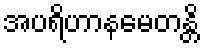
အပရိဟာနမေတန္တိ